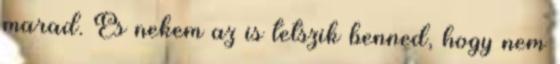
marad. És nekem az is tetszik benned, hogy nem